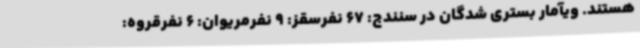
هستند. ویآمار بستری شدگان در سنندج: 67 نفرسقز: 9 نفرمریوان: 6 نفرقروه: